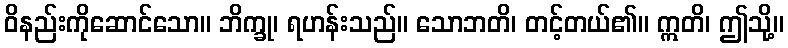
ဝိနည်းကိုဆောင်သော။ ဘိက္ခု၊ ရဟန်းသည်။ သောဘတိ၊ တင့်တယ်၏။ ဣတိ၊ ဤသို့။